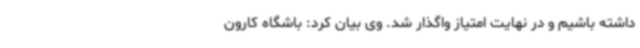
داشته باشیم و در نهایت امتیاز واگذار شد. وی بیان کرد: باشگاه کارون